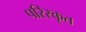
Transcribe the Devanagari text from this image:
परिस्‍कृत